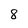
Character: 8